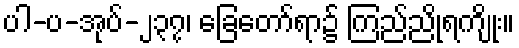
ပါ-ပ-အုပ်-၂၃၇၊ ခြေတော်ရာ၌ ကြည်ညိုရကျိုး။